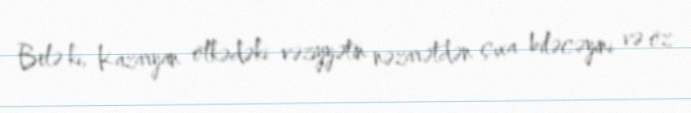
Belə ki, Kazaryan ölkədəki vəziyyətin nəzarətdən çıxa biləcəyini və öz